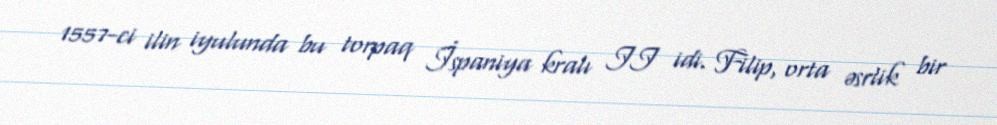
1557-ci ilin iyulunda bu torpaq İspaniya kralı II idi. Filip, orta əsrlik bir